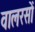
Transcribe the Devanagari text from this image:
वालरसों